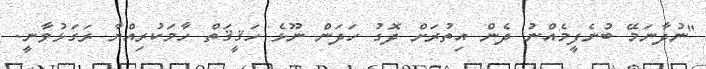
''ނުދާނަމޭ ބުނެފީމެއްނު ދެން އިތުރަށް ދޮގު ހަދަން ނޫޅެ ހަޤީޤަތް ހާމަކުރިއްޔާ ރަގަޅުވާނީ.